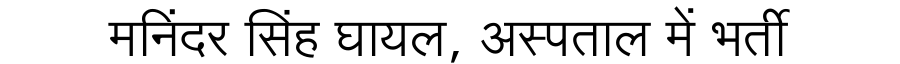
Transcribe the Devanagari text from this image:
मनिंदर सिंह घायल, अस्पताल में भर्ती